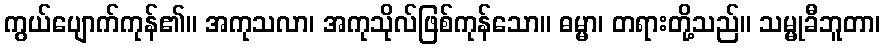
ကွယ်ပျောက်ကုန်၏။ အကုသလာ၊ အကုသိုလ်ဖြစ်ကုန်သော။ ဓမ္မာ၊ တရားတို့သည်။ သမ္မုခီဘူတာ၊